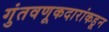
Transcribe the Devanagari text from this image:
गुंतवणूकदारांकडून